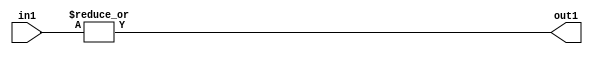
`timescale 1ps / 1ps
/*****************************************************************************
    Verilog RTL Description
    
    
    Created by: Stratus DpOpt 2019.1.01 
*******************************************************************************/

module fix2float_OrReduction_32S_1U_4_0 (
	in1,
	out1
	); /* architecture "behavioural" */ 
input [31:0] in1;
output  out1;
wire  asc001;

assign asc001 = 
	(|in1);

assign out1 = asc001;
endmodule

/* CADENCE  urfzSgk= : u9/ySgnWtBlWxVPRXgAZ4Og= ** DO NOT EDIT THIS LINE ******/